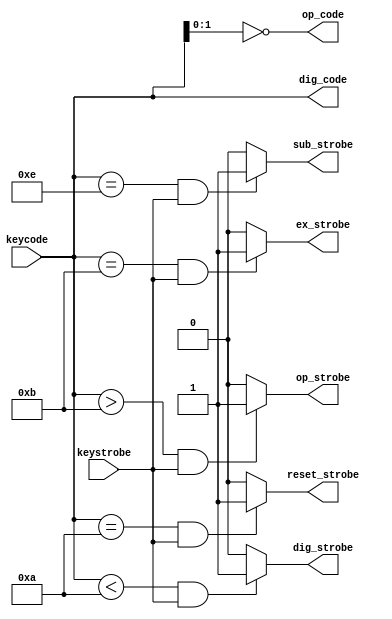
module inputhandler (
	input keystrobe,
	input [3:0] keycode,
	
	output dig_strobe,
	output reset_strobe,
	output ex_strobe,
	output op_strobe,
	output sub_strobe,
	
	output [3:0] dig_code,
	output [1:0] op_code);
	
// combinatorial module takes the keycode and keystrobe signals in 
// gives to the FSM corresponding strobes for a digit press, reset press,
// equals press, operator press, and subtract press

//keycodes below 10 correspond to digits 
assign dig_strobe = ((keycode < 4'b1010) && keystrobe)? 1'b1:1'b0;
// keycode of 10 corresponds to reset (A key)
assign reset_strobe = ((keycode == 4'b1010) && keystrobe)? 1'b1:1'b0;
// keycode of 11 corresponds to equals (B key)
assign ex_strobe = ((keycode == 4'b1011) && keystrobe)? 1'b1:1'b0;
// keycode greater than 11 corresponds to operator keys
assign op_strobe = ((keycode > 4'b1011) && keystrobe)? 1'b1:1'b0;
// keycode of 14 corresponds to - key 
assign sub_strobe = ((keycode == 4'b1110) && keystrobe)? 1'b1:1'b0;


// data lines for digit code and operator code
assign dig_code = keycode;
assign op_code = ~keycode[1:0]; // + = 0, - = 1, * = 2, / = 3

endmodule